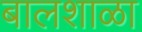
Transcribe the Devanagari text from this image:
बालशाळा